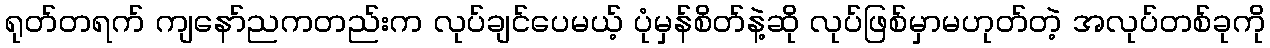
ရုတ်တရက် ကျနော်ညကတည်းက လုပ်ချင်ပေမယ့် ပုံမှန်စိတ်နဲ့ဆို လုပ်ဖြစ်မှာမဟုတ်တဲ့ အလုပ်တစ်ခုကို